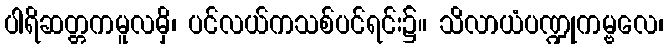
ပါရိဆတ္တကမူလမှိ၊ ပင်လယ်ကသစ်ပင်ရင်း၌။ သိလာယံပဏ္ဍုကမ္ဗလေ၊